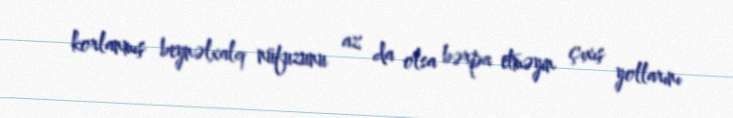
korlanmış beynəlxalq nüfuzunu az da olsa bərpa etməyin çıxış yollarını